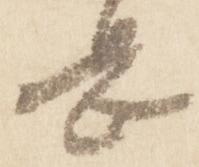
息